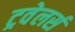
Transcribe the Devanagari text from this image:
ट्रवेलर्स